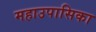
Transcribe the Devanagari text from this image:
महाउपासिका